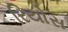
રિયોસ